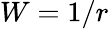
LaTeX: W=1/r